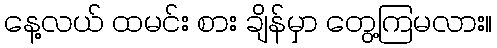
နေ့လယ် ထမင်း စား ချိန်မှာ တွေ့ကြမလား။